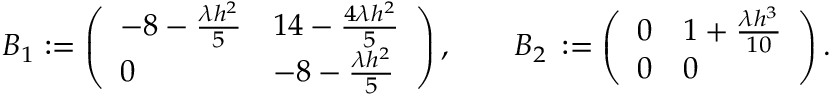
B _ { 1 } : = \left( \begin{array} { l l } { - { 8 } - \frac { \lambda h ^ { 2 } } { 5 } } & { { 1 4 } - \frac { 4 \lambda h ^ { 2 } } { 5 } } \\ { 0 } & { - { 8 } - \frac { \lambda h ^ { 2 } } { 5 } } \end{array} \right) , \qquad B _ { 2 } \, : = \left( \begin{array} { l l } { 0 } & { { 1 } + \frac { \lambda h ^ { 3 } } { 1 0 } } \\ { 0 } & { 0 } \end{array} \right) .